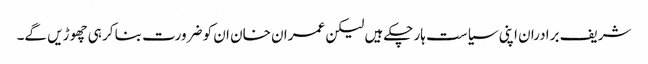
شریف برادران اپنی سیاست ہار چکےہیں لیکن عمران خان ان کو ضرورت بنا کر ہی چھوڑیں گے۔